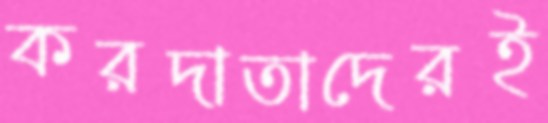
করদাতাদেরই